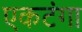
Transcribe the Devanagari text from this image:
एकटंगा